Report on vaccination in the Province of Bengal - 1869-1873
Year: 1869
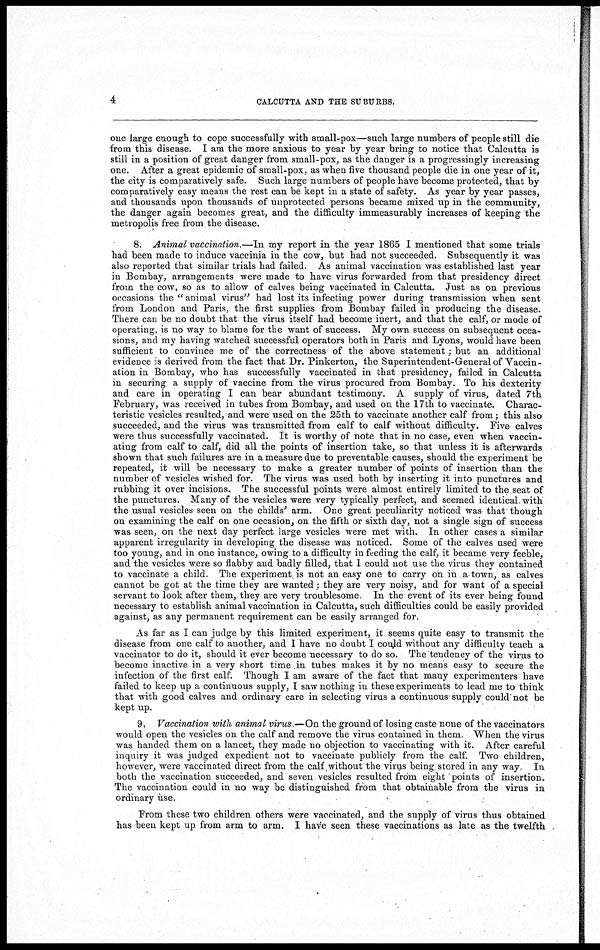
4
CALCUTTA AND THE SUBURBS.
one large enough to cope successfully with small-pox—such large numbers of people still die
from this disease. I am the more anxious to year by year bring to notice that Calcutta is
still in a position of great danger from small-pox, as the danger is a progressingly increasing
one. After a great epidemic of small-pox, as when five thousand people die in one year of it,
the city is comparatively safe. Such large numbers of people have become protected, that by
comparatively easy means the rest can be kept in a state of safety. As year by year passes,
and thousands upon thousands of unprotected persons became mixed up in the community,
the danger again becomes great, and the difficulty immeasurably increases of keeping the
metropolis free from the disease.
8. Animal vaccination.—In my report in the year 1865 I mentioned that some trials
had been made to induce vaccinia in the cow, but had not succeeded. Subsequently it was
also reported that similar trials had failed. As animal vaccination was established last year
in Bombay, arrangements were made to have virus forwarded from that presidency direct
from the cow, so as to allow of calves being vaccinated in Calcutta. Just as on previous
occasions the " animal virus" had lost its infecting power during transmission when sent
from London and Paris, the first supplies from Bombay failed in producing the disease.
There can be no doubt that the virus itself had become inert, and that the calf, or mode of
operating, is no way to blame for the want of success. My own success on subsequent occa-
sions, and my having watched successful operators both in Paris and Lyons, would have been
sufficient to convince me of the correctness of the above statement; but an additional
evidence is derived from the fact that Dr. Pinkerton, the Superintendent-General of Vaccin-
ation in Bombay, who has successfully vaccinated in that presidency, failed in Calcutta
in securing a supply of vaccine from the virus procured from Bombay. To his dexterity
and care in operating I can bear abundant testimony. A supply of virus, dated 7th
February, was received in tubes from Bombay, and used on the 17th to vaccinate. Charac-
teristic vesicles resulted, and were used on the 25th to vaccinate another calf from; this also
succeeded, and the virus was transmitted from calf to calf without difficulty. Five calves
were thus successfully vaccinated. It is worthy of note that in no case, even when vaccin-
ating from calf to calf, did all the points of insertion take, so that unless it is afterwards
shown that such failures are in a measure due to preventable causes, should the experiment be
repeated, it will be necessary to make a greater number of points of insertion than the
number of vesicles wished for. The virus was used both by inserting it into punctures and
rubbing it over incisions. The successful points were almost entirely limited to the seat of
the punctures. Many of the vesicles were very typically perfect, and seemed identical with
the usual vesicles seen on the childs' arm. One great peculiarity noticed was that though
on examining the calf on one occasion, on the fifth or sixth day, not a single sign of success
was seen, on the next day perfect large vesicles were met with. In other cases a similar
apparent irregularity in developing the disease was noticed. Some of the calves used were
too young, and in one instance, owing to a difficulty in feeding the calf, it became very feeble,
and the vesicles were so flabby and badly filled, that I could not use the virus they contained
to vaccinate a child. The experiment is not an easy one to carry on in a town, as calves
cannot be got at the time they are wanted; they are very noisy, and for want of a special
servant to look after them, they are very troublesome. In the event of its ever being found
necessary to establish animal vaccination in Calcutta, such difficulties could be easily provided
against, as any permanent requirement can be easily arranged for.
As far as I can judge by this limited experiment, it seems quite easy to transmit the
disease from one calf to another, and I have no doubt I could without any difficulty teach a
vaccinator to do it, should it ever become necessary to do so. The tendency of the virus to
become inactive in a very short time in tubes makes it by no means easy to secure the
infection of the first calf. Though I am aware of the fact that many experimenters have
failed to keep up a continuous supply, I saw nothing in these experiments to lead me to think
that with good calves and ordinary care in selecting virus a continuous supply could not be
kept up.
9. Vaccination with animal virus —On the ground of losing caste none of the vaccinators
would open the vesicles on the calf and remove the virus contained in them. When the virus
was handed them on a lancet, they made no objection to vaccinating with it. After careful
inquiry it was judged expedient not to vaccinate publicly from the calf. Two children,
however, were vaccinated direct from the calf without the virus being stored in any way In
both the vaccination succeeded, and seven vesicles resulted from eight points of insertion.
The vaccination could in no way be distinguished from that obtainable from the virus in
ordinary use.
From these two children others were vaccinated, and the supply of virus thus obtained
has been kept up from arm to arm. I have seen these vaccinations as late as the twelfth